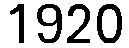
1920